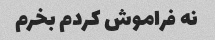
نه فراموش کردم بخرم